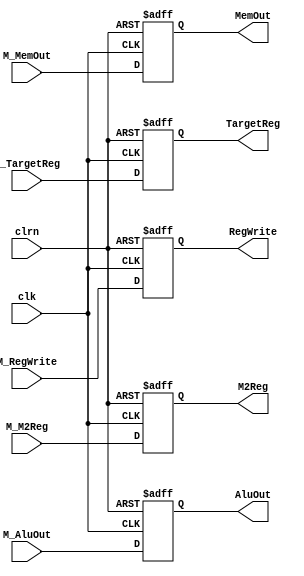
module pipe_m_w_reg(
  M_RegWrite,M_M2Reg,M_MemOut,M_AluOut,M_TargetReg,
  clk,clrn,
  RegWrite,M2Reg,MemOut,AluOut,TargetReg
);
    input [31:0] M_MemOut,M_AluOut;
    input [ 4:0] M_TargetReg;
    input M_RegWrite,M_M2Reg;
    input clk,clrn;
    output reg [31:0] MemOut,AluOut;
    output reg [ 4:0] TargetReg;
    output reg RegWrite,M2Reg;
    always @(negedge clrn or posedge clk) begin
      if (clrn == 0) begin
        MemOut    <= 0;     AluOut    <= 0;
        TargetReg <= 0;     RegWrite  <= 0;
        M2Reg     <= 0;
      end else begin
        MemOut    <= M_MemOut   ;     AluOut    <= M_AluOut  ;
        TargetReg <= M_TargetReg;     RegWrite  <= M_RegWrite;
        M2Reg     <= M_M2Reg    ;        
      end
    end
    
endmodule